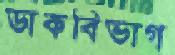
ডাকবিভাগ